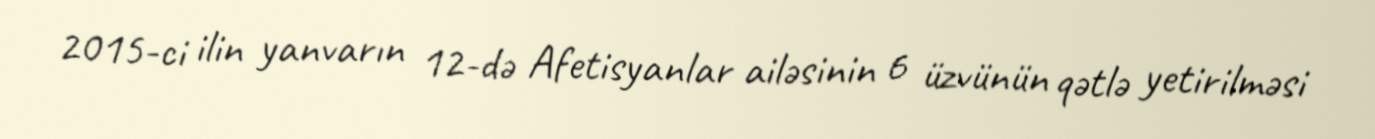
2015-ci ilin yanvarın 12-də Afetisyanlar ailəsinin 6 üzvünün qətlə yetirilməsi